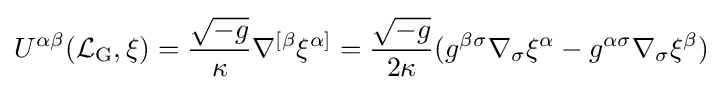
U^{\alpha \beta }({{\mathcal {L}}_{\mathrm {G} }},\xi )={{\sqrt {-g}} \over {\kappa }}\nabla ^{[\beta }\xi ^{\alpha ]}={{\sqrt {-g}} \over {2\kappa }}(g^{\beta \sigma }\nabla _{\sigma }\xi ^{\alpha }-g^{\alpha \sigma }\nabla _{\sigma }\xi ^{\beta })